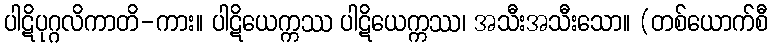
ပါဋိပုဂ္ဂလိကာတိ-ကား။ ပါဋိယေက္ကဿ ပါဋိယေက္ကဿ၊ အသီးအသီးသော။ (တစ်ယောက်စီ